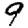
Digit: 9